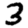
Digit: 3